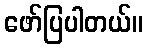
ဖော်ပြပါတယ်။